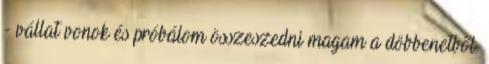
- vállat vonok és próbálom összeszedni magam a döbbenetből.